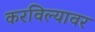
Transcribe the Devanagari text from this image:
करविल्यावर